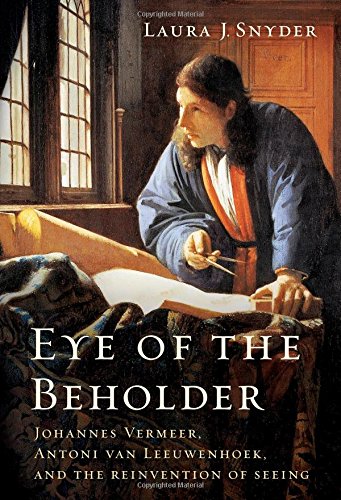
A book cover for Eye of the Beholder: Johannes Vermeer, Antoni van Leeuwenhoek, and the Reinvention of Seeing; Laura J. Snyder; Medical Books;